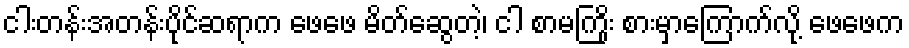
ငါးတန်းအတန်းပိုင်ဆရာက ဖေဖေ မိတ်ဆွေတဲ့၊ ငါ စာမကြိုး စားမှာကြောက်လို့ ဖေဖေက